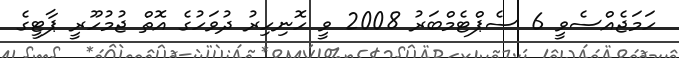
ހަމަޖެއްސެވީ 6 ސެޕްޓެމްބަރު 2008 ވީ ހޮނިހިރު ދުވަހުގެ އޮތް ޖުމުހޫރީ ޕާޓީގެ